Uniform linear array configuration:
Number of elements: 4
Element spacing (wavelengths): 0.75
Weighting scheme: hamming
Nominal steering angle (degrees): -15
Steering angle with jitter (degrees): -15.26
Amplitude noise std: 0.05
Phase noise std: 0.05

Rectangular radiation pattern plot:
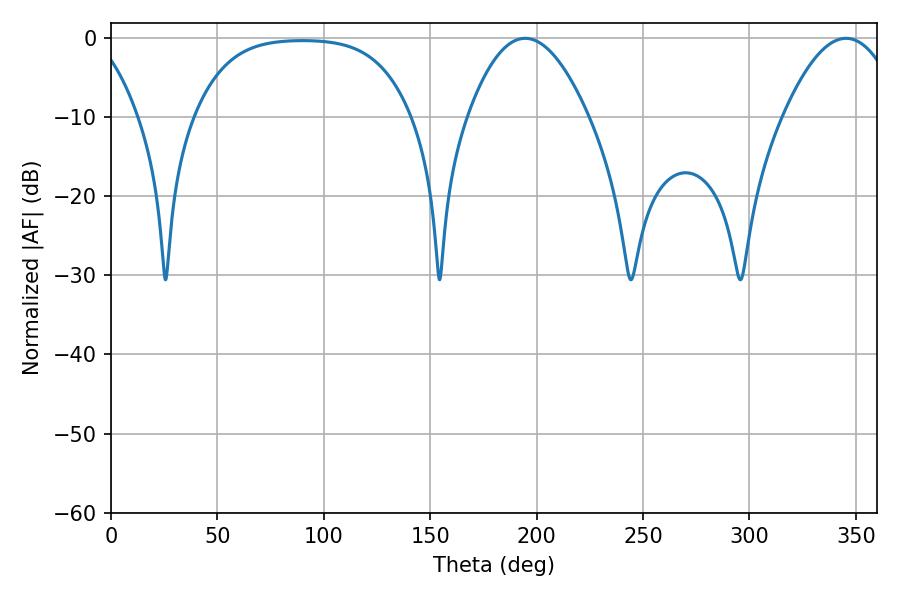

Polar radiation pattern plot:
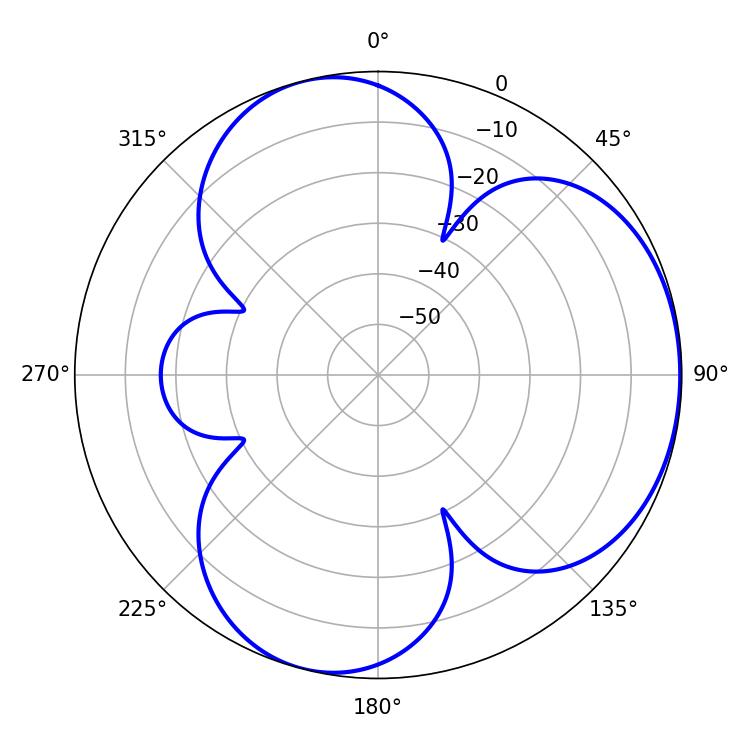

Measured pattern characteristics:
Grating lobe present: TRUE
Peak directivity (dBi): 4.32
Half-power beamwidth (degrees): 30.6
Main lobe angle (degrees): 345.42